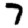
Digit: 7